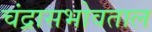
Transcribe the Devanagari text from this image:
चंद्रासभोवताल